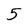
Character: 5